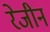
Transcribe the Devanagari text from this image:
रेजीन